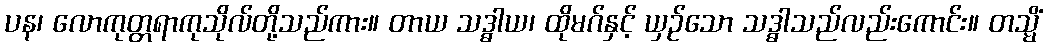
ပန၊ လောကုတ္တရာကုသိုလ်တို့သည်ကား။ တာယ သဒ္ဓါယ၊ ထိုမဂ်နှင့် ယှဉ်သော သဒ္ဓါသည်လည်းကောင်း။ တသ္မိံ